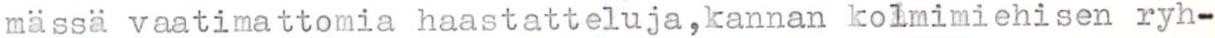
mässä vaatimattomia haastatteluja,kannan kolmimiehisen ryh-